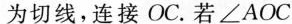
为切线，连接OC。若 $$ ∠ A O C